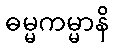
ဓမ္မကမ္မာနိ